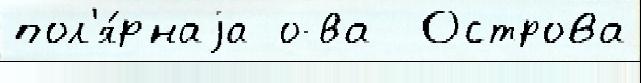
пол'я́рнаjа о-ва  Острова